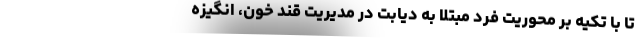
تا با تکیه بر محوریت فرد مبتلا به دیابت در مدیریت قند خون، انگیزه